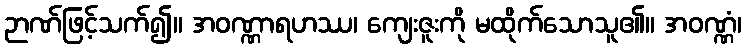
ဉာဏ်ဖြင့်သက်၍။ အဝဏ္ဏာရဟဿ၊ ကျေးဇူးကို မထိုက်သောသူ၏။ အဝဏ္ဏံ၊